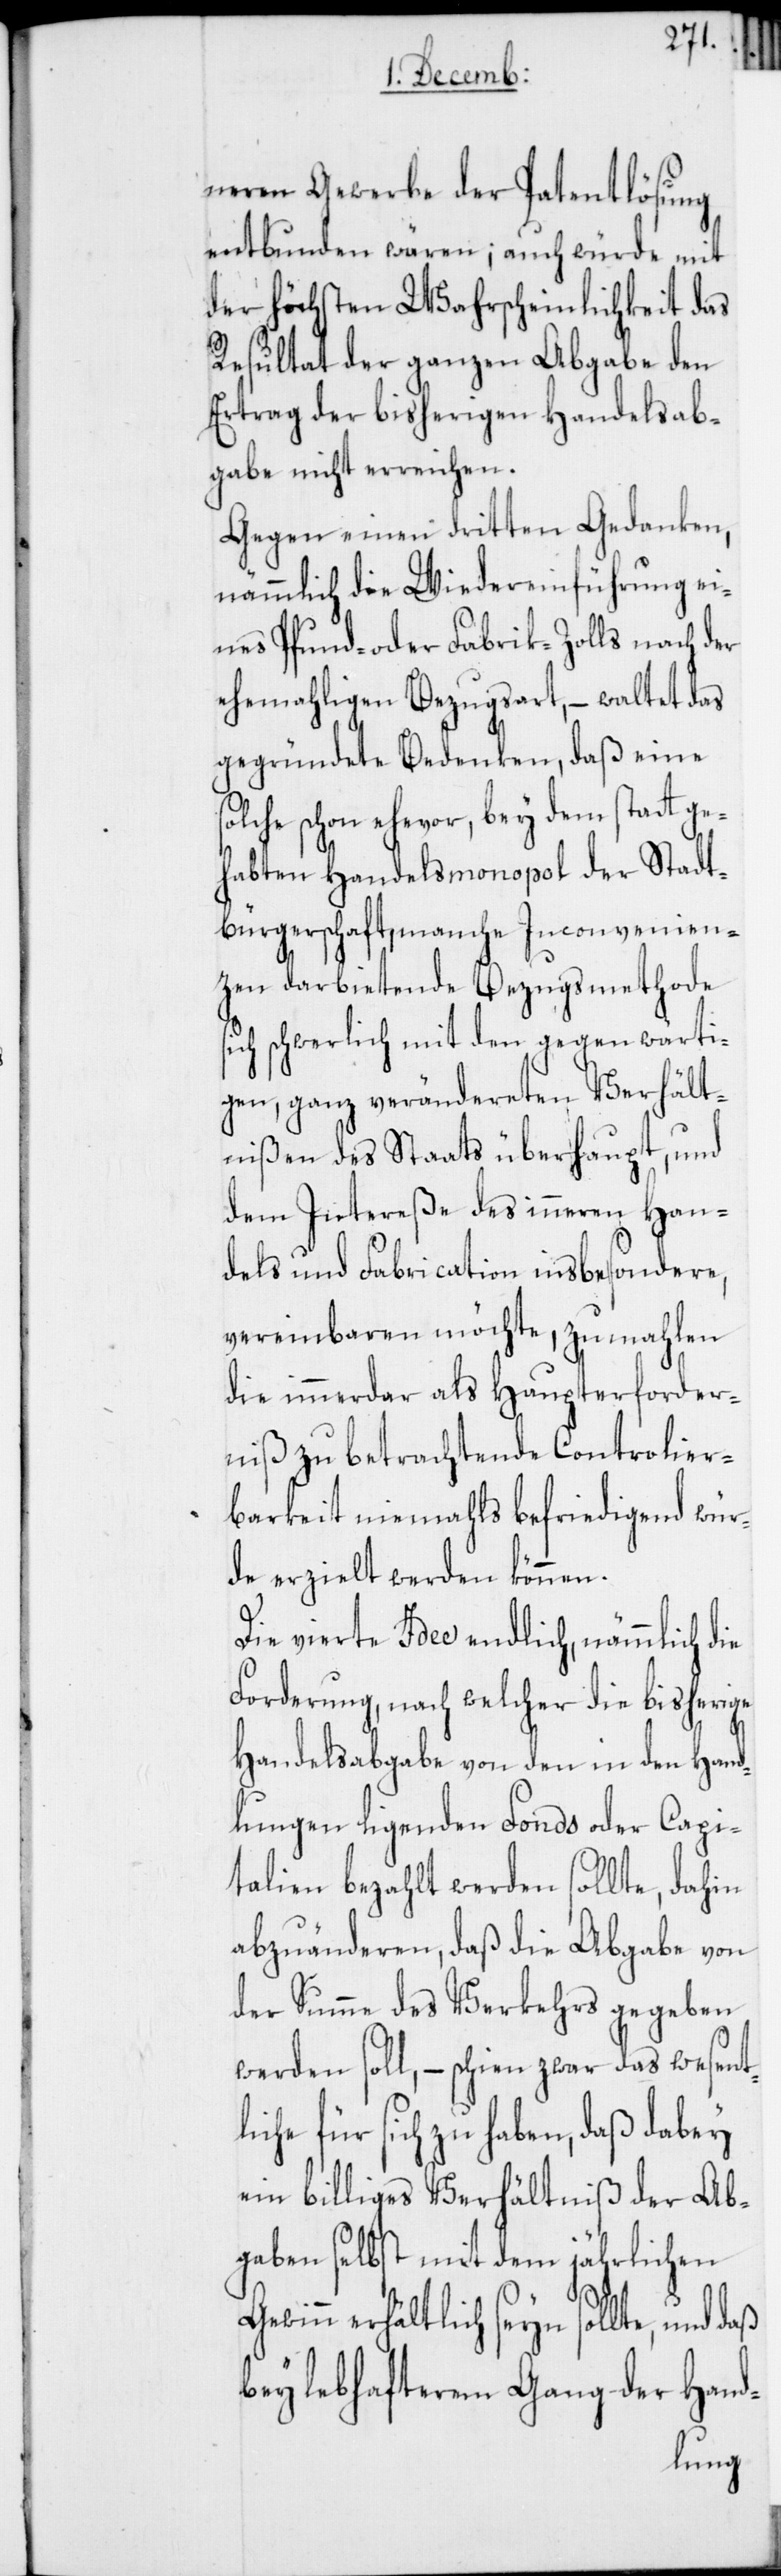
neren Gewerbe der Patentlösung
entbunden wären; auch würde mit
der höchsten Wahrscheinlichkeit das
Resultat der ganzen Abgabe den
Ertrag der bisherigen Handelsab¬
gabe nicht erreichen.
Gegen einen dritten Gedanken,
nämmlich die Wiedereinführung ei¬
nes Pfund- oder Fabrik-Zolls nach der
ehemahligen Bezugsart, – waltet das
gegründete Bedenken, daß eine
solche schon ehevor, bey dem statt ge¬
habten Handelsmonopol der Stadt¬
bürgerschaft, manche Inconvenien¬
zen darbietende Bezugsmethode s¬
ich schwerlich mit den gegenwärti¬
gen, ganz verändereten Verhält¬
nißen des Staats überhaupt, und
dem Intereße des inneren Han¬
dels und Fabrication insbesondere,
vereinbaren möchte, zumahlen
die immerdar als Haupterforder¬
niß zu betrachtende Controlier¬
barkeit niemahls befriedigend wür¬
de erzielt werden können.
Die vierte Idee endlich, nämmlich die
Forderung, nach welcher die bisherige
Handelsabgabe von den in den Hand¬
lungen ligenden Fonds oder Capi¬
talien bezahlt werden sollte, dahin
abzuänderen, daß die Abgabe von
der Summe des Verkehrs gegeben
werden soll, – schien zwar das Wesentl¬
iche für sich zu haben, daß dabey
ein billiges Verhältniß der Ab¬
gaben selbst mit dem jährlichen
Gewinn erhältlich seyn sollte, und
bey lebhafterem Gang der Hand-